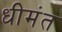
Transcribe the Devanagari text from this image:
धीमंत